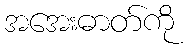
အအေးဓာတ်ကို